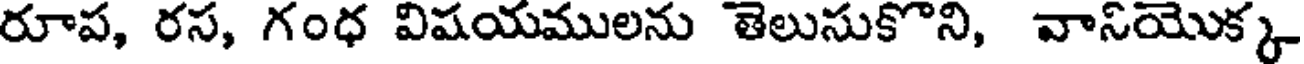
రూప, రస, గంధ విషయములను తెలుసుకొని, వానియొక్క